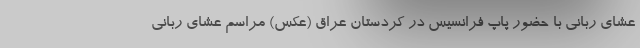
عشای ربانی با حضور پاپ فرانسیس در کردستان عراق (عکس) مراسم عشای ربانی